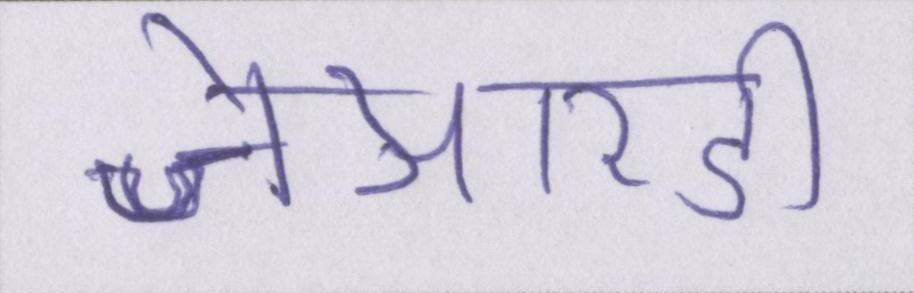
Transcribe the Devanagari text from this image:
जेआरडी